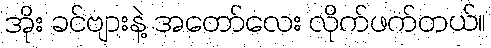
အိုး ခင်ဗျားနဲ့ အတော်လေး လိုက်ဖက်တယ်။